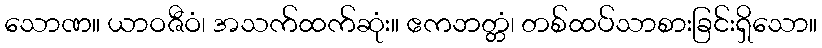
သောဏ။ ယာဝဇီဝံ၊ အသက်ထက်ဆုံး။ ဧကဘတ္တံ၊ တစ်ထပ်သာစားခြင်းရှိသော။